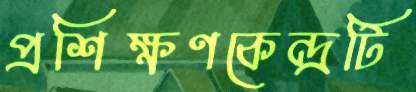
প্রশিক্ষণকেন্দ্রটি